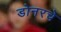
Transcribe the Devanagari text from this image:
डोनरचे